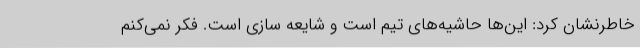
خاطرنشان کرد: این‌ها حاشیه‌های تیم است و شایعه سازی است. فکر نمی‌کنم